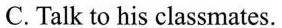
C. Talk to his classmates.